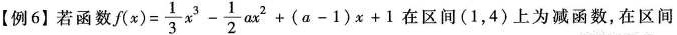
【例6】若函数$$f(x)= \frac{1}{3}x^{3}- \frac{1}{2}ax^{2}+(a-1)x+1$$ 在区间(1，4)上为减函数，在区间